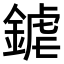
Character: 𨩽